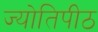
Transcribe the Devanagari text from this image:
ज्योतिपीठ